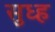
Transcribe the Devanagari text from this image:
सुध्ह